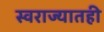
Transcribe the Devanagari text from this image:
स्वराज्यातही